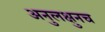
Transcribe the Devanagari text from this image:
अनुलक्षुनच